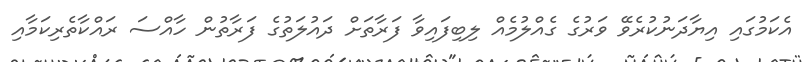
އެކަމުގައި އިޔާދަނުކުރެވޭ ވަރުގެ ގެއްލުމެއް ލިބިފައިވާ ފަރާތަށް ދައުލަތުގެ ފަރާތުން ހާއްސަ ރައްކާތެރިކަމާއި